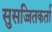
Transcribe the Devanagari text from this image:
सुसज्जितकर्ता